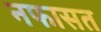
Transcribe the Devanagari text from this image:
नफासत